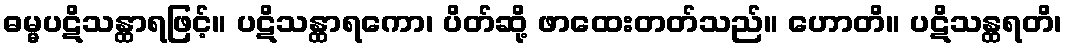
ဓမ္မပဋိသန္ထာရဖြင့်။ ပဋိသန္ထာရကော၊ ပိတ်ဆို့ ဖာထေးတတ်သည်။ ဟောတိ။ ပဋိသန္ထရတိ၊